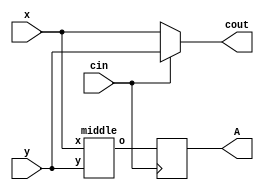
module top
(
 input x,
 input y,
 input cin,

 output reg A,
 output cout
 );
 wire o;

`ifndef BUG
always @(posedge cin)
	A <= o;

assign cout =  cin? y : x;

middle u_mid (x,y,o);
`else
assign {cout,A} =  cin - y * x;
`endif

endmodule

module middle
(
	input x,
	input y,
	output o
);

assign o = x + y;
endmodule